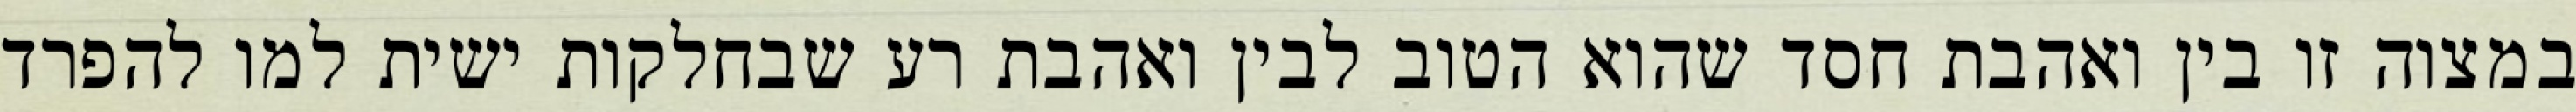
במצוה זו בין ואהבת חסד שהוא הטוב לבין ואהבת רע שבחלקות ישית למו להפרד